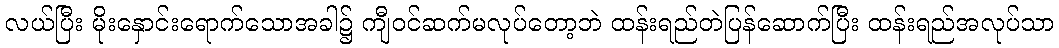
လယ်ပြီး မိုးနှောင်းရောက်သောအခါ၌ ကျီဝင်ဆက်မလုပ်တော့ဘဲ ထန်းရည်တဲပြန်ဆောက်ပြီး ထန်းရည်အလုပ်သာ